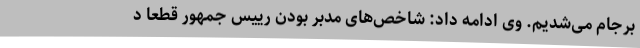
برجام می‌شدیم. وی ادامه داد: شاخص‌های مدبر بودن رییس جمهور قطعا د